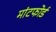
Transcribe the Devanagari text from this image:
मांटफोर्ड